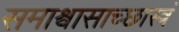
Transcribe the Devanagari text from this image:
समाश्वासाच्छास्त्रं